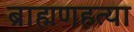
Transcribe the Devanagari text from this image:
ब्राह्मणहत्या